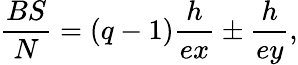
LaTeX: \frac{BS}{N}=(q-1)\frac{h}{ex}\pm\frac{h}{ey},